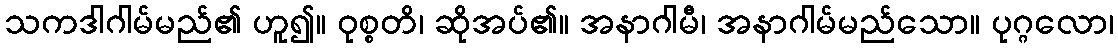
သကဒါဂါမ်မည်၏ ဟူ၍။ ဝုစ္စတိ၊ ဆိုအပ်၏။ အနာဂါမီ၊ အနာဂါမ်မည်သော။ ပုဂ္ဂလော၊